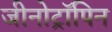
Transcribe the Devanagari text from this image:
जीनोट्रॉपिन